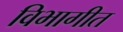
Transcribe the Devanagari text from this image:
विभागीत